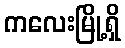
ကလေးမြို့ရှိ